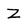
Character: Z